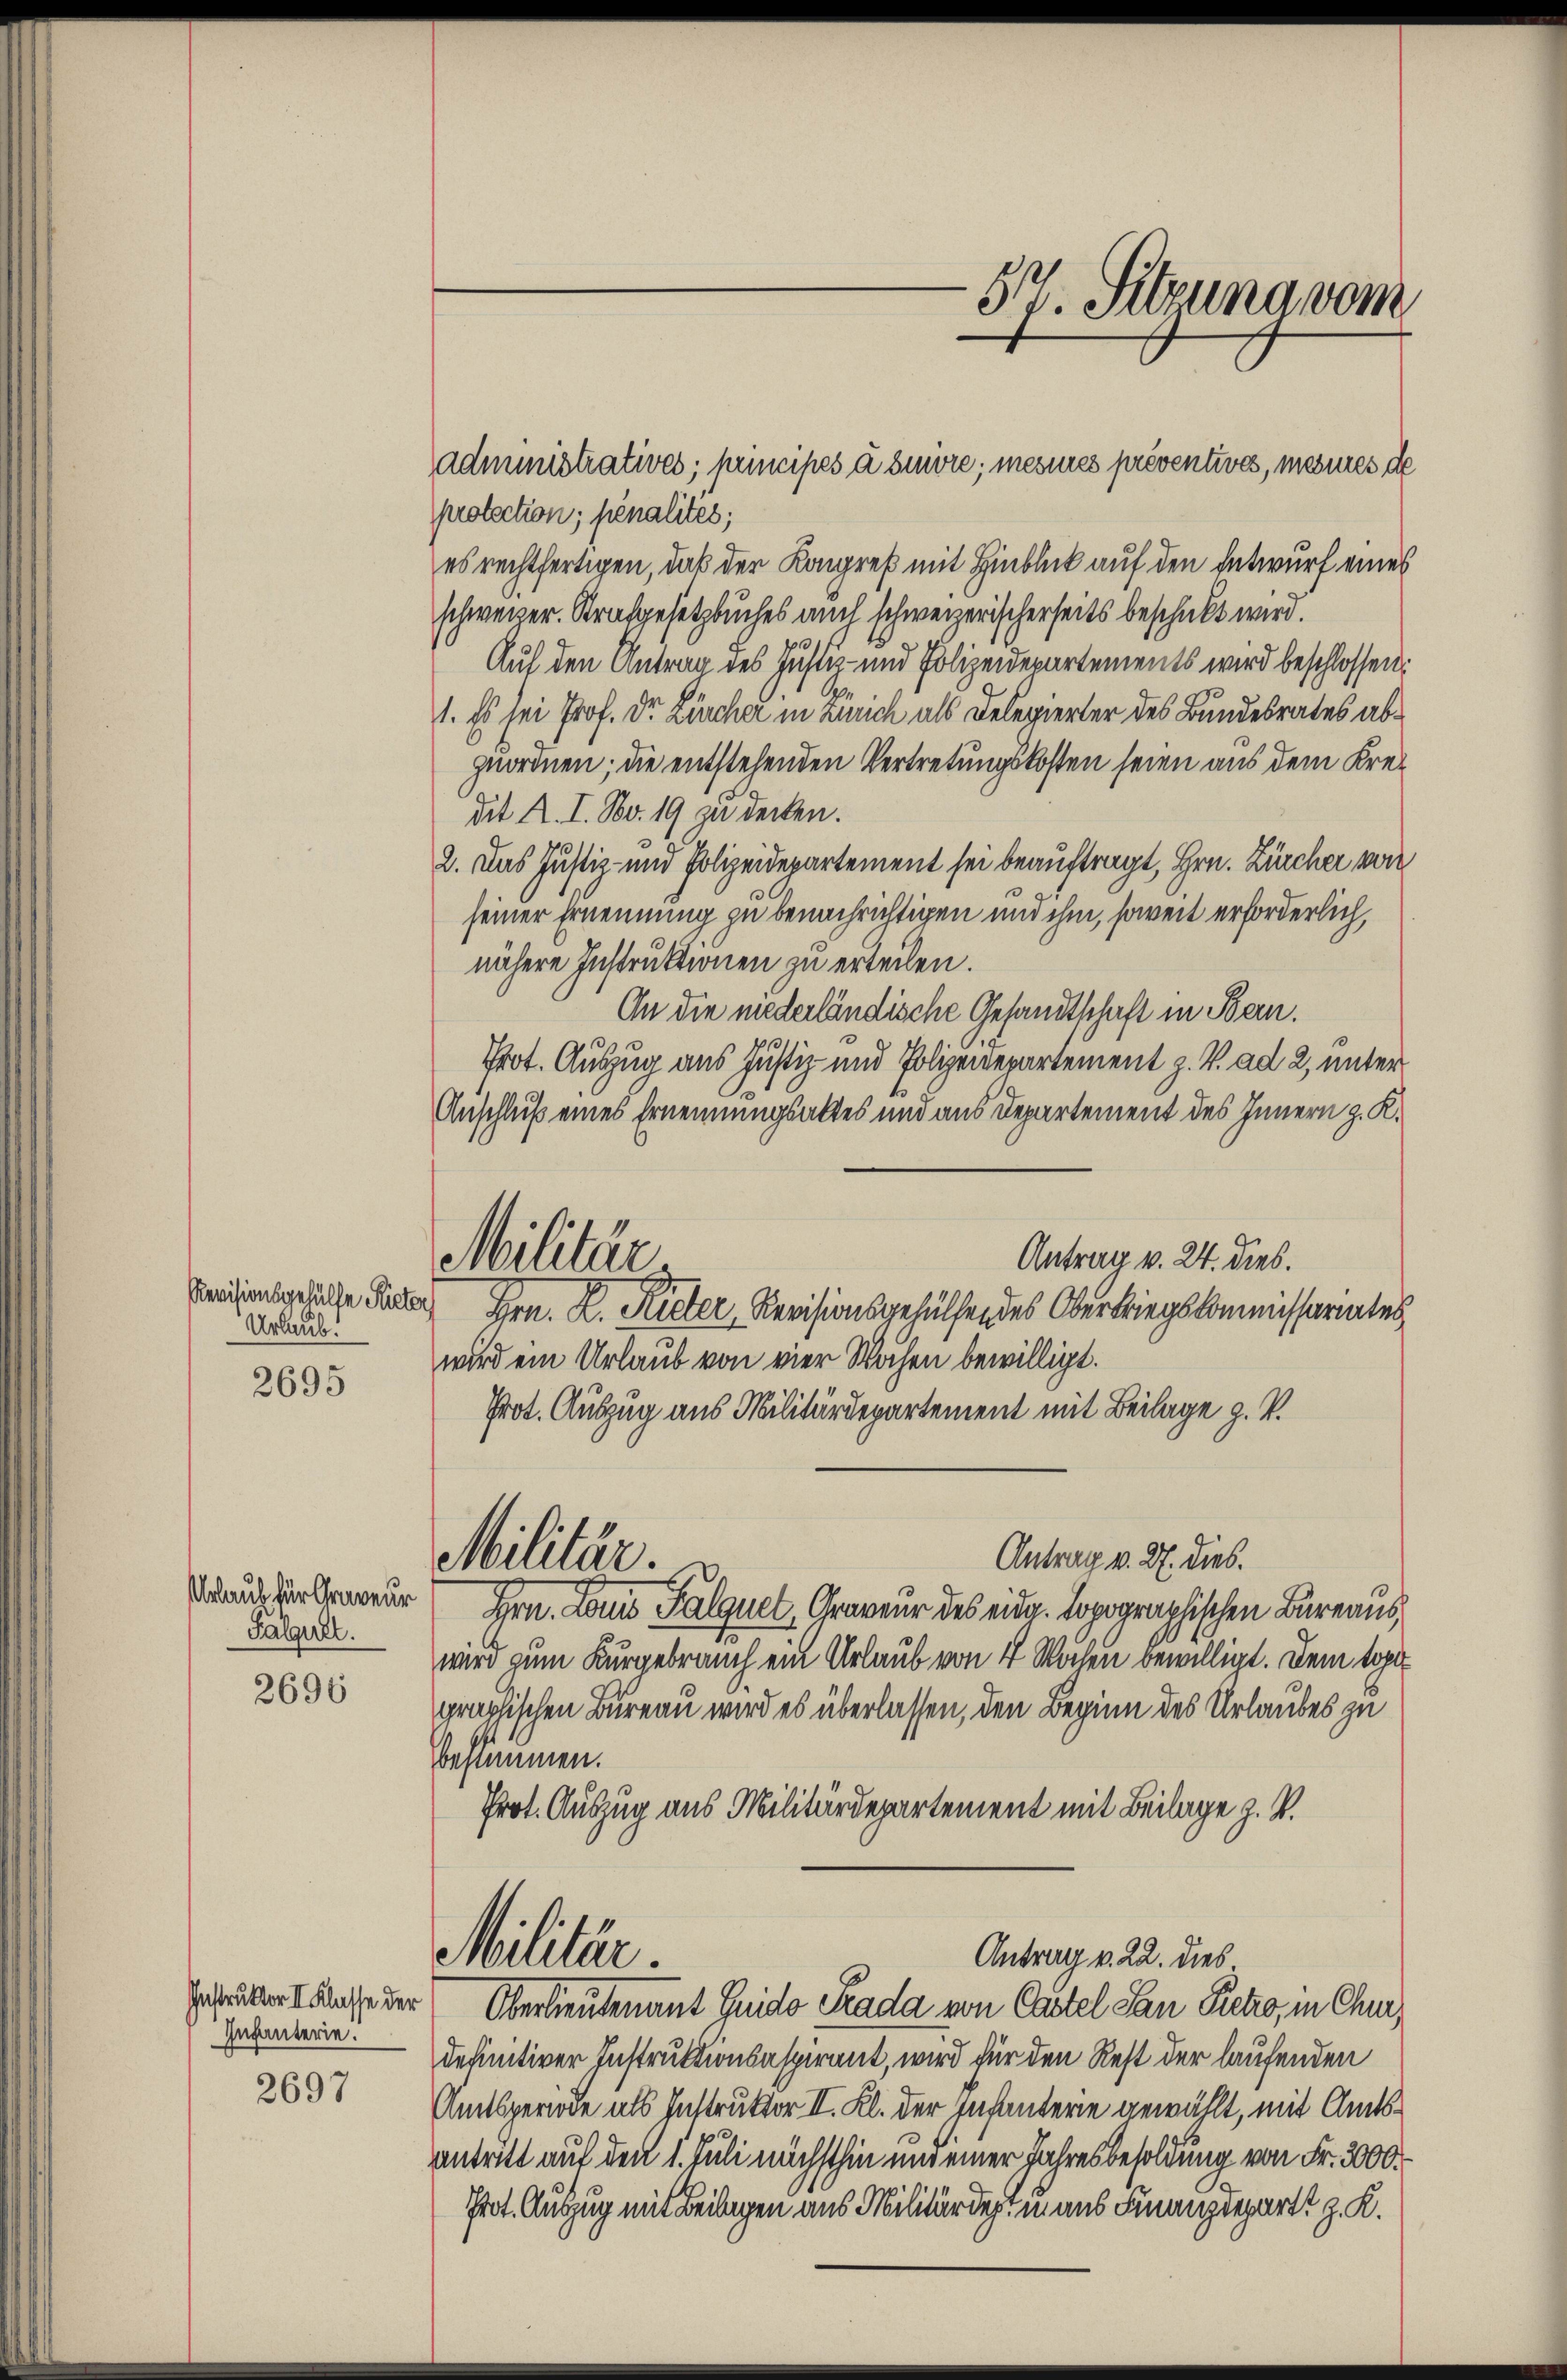
Urlaub.

2695

Falgeret.

2696

Infanterie.

2697

Protection; pénalites;
es rechtfertigen, daß der Kongreß mit Hinblick auf den Entwurf eines
schweizer. Strafgesetzbuches auch schweizerischerseits beschickt wird.
Auf den Antrag des Justiz- und Polizeidepartements wird beschlossen:
1. Es sei Prof. Dr. Lärcher in Zürich als Delegierter des Bundesrates abzuordnen; die entstehenden Vertretungskosten seien aus dem Kredit A. I. Nov. 19 zu decken.
2. Das Justiz- und Polizeidepartement sei beauftragt, Hrn. Zürcher wie
seiner Ernennung zu benachrichtigen und ihm, soweit erforderlich,
nähere Instruktionen zu erteilen.
An die niederländische Gesandtschaft in Bern.
Prot. Auszug aus Justiz- und Polizeidepartement z. V. ad 2, unter
Anschluß eines Ernennungsaktes und aus Departement des Innern z. K.
Antrag v. 24. dies.
Militär-
Kerzensgesuche Feder Hrn. R. Rieter, Revisionsgehülfen des Oberkriegskommissariates,
wird ein Urlaub von vier Wochen bewilligt.
Prot. Auszug aus Militärdepartement mit Beilage z. V.
Militär.
Antrag v. 27. dies.
Wraun vertrauer Hrn. Louis Falquet, Graveur des eidg. Lopographischen Bureaus
wird zum Kurgebrauch ein Urlaub von 4 Wochen bewilligt. Dem topographischen Bureau wird es überlassen, den Beginn des Urlaubes zu
bestimmen.
Prot. Auszug aus Militärdepartement mit Beilage z. B.

Militär.

Administratives; principes à suivre; mesures préventives, mesures de

-57. Sitzuna vom

Gebrüder Klasse der Oberlieutenant Guido Srada von Castel dan Pietro, in Chur
definitiver Instruktionsaspirant, wird für den Rest der laufenden
Amtsperiode als Instruktor II. Kl. der Infanterie gewählt, mit Amtsantritt auf den 1. Juli nächsthin nur einer Jahresbesoldung von Fr. 3000.
Prot. Auszug mit Beilagen aus Militärdert in aus Finanzdepart z. K.

Antrag v. 22. dies